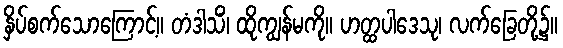
နှိပ်စက်သောကြောင့်။ တံဒါသိံ၊ ထိုကျွန်မကို။ ဟတ္ထပါဒေသု၊ လက်ခြေတို့၌။